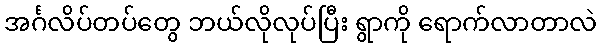
အင်္ဂလိပ်တပ်တွေ ဘယ်လိုလုပ်ပြီး ရွာကို ရောက်လာတာလဲ